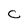
Character: C